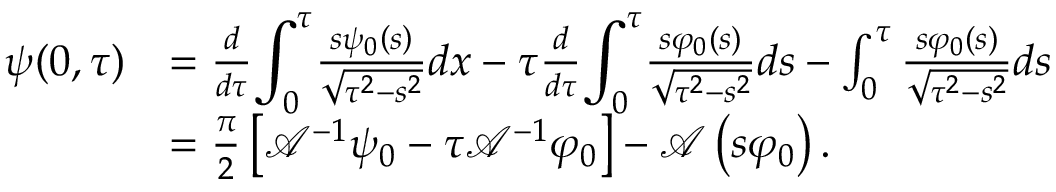
\begin{array} { r l } { \psi ( 0 , \tau ) } & { = \frac { d } { d \tau } { \displaystyle \int _ { 0 } ^ { \tau } } \frac { s \psi _ { 0 } \left( s \right) } { \sqrt { \tau ^ { 2 } - s ^ { 2 } } } d x - \tau \frac { d } { d \tau } { \displaystyle \int _ { 0 } ^ { \tau } } \frac { s \varphi _ { 0 } ( s ) } { \sqrt { \tau ^ { 2 } - s ^ { 2 } } } d s - \int _ { 0 } ^ { \tau } \frac { s \varphi _ { 0 } ( s ) } { \sqrt { \tau ^ { 2 } - s ^ { 2 } } } d s } \\ & { = \frac { \pi } { 2 } \left[ \mathcal { A } ^ { - 1 } \psi _ { 0 } - \tau \mathcal { A } ^ { - 1 } \varphi _ { 0 } \right] - \mathcal { A } \left( s \varphi _ { 0 } \right) . } \end{array}